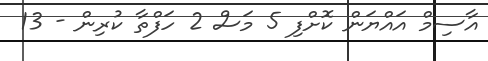
އާސިމް އައްޔަން ކޮށްފި 5 މަސް 2 ހަފްތާ ކުރިން - 13